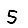
Digit: 5